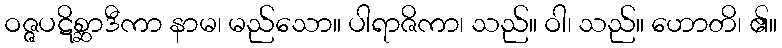
ဝဇ္ဇပဋိစ္ဆာဒီကာ နာမ၊ မည်သော။ ပါရာဇိကာ၊ သည်။ ဝါ၊ သည်။ ဟောတိ၊ ၏။